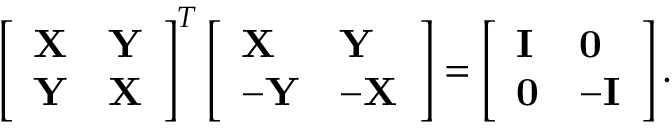
\left[ \begin{array} { l l } { \mathbf { X } } & { \mathbf { Y } } \\ { \mathbf { Y } } & { \mathbf { X } } \end{array} \right] ^ { T } \left[ \begin{array} { l l } { \mathbf { X } } & { \mathbf { Y } } \\ { \mathbf { - Y } } & { \mathbf { - X } } \end{array} \right] = \left[ \begin{array} { l l } { \mathbf { I } } & { \mathbf { 0 } } \\ { \mathbf { 0 } } & { \mathbf { - I } } \end{array} \right] .